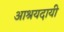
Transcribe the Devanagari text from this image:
आश्रयदायी